Report on sanitation, dispensaries, and jails in Rajputana for 1913, and on vaccination for the year 1913-1914 - 1913-1914
Year: 1913
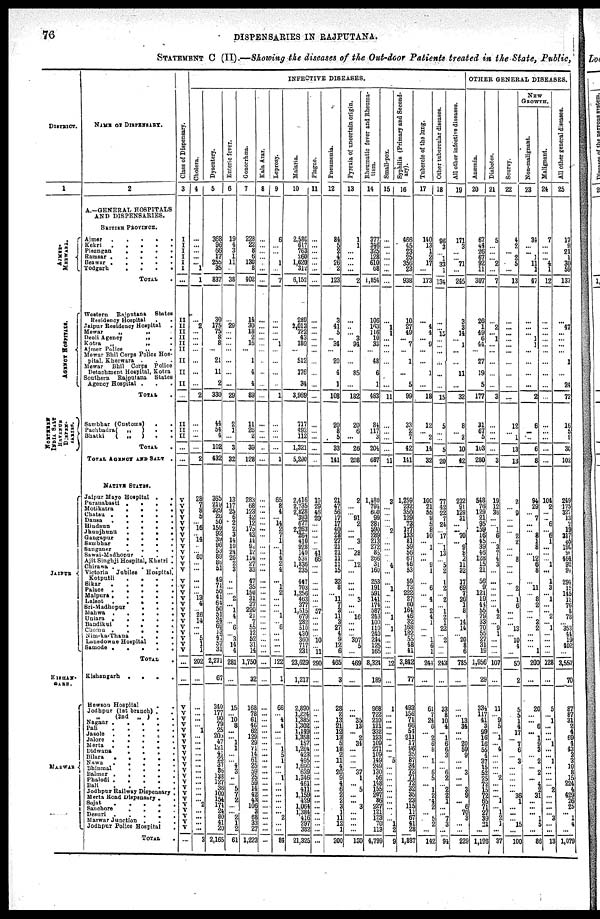
76
DISPENSARIES IN RAJPUTANA.
STATEMENT C (II).—Showing the diseases of the Out-door Patients treated in the State, Public,
DISTRICT.
1
AJMER-
MARWARA.
AGENCY
HOSPITALS.
NORTHERN
INDIA SALT
REVENUE
DISPEN-
SARIES.
JAIPUR
KISHAN-
GARH.
MARWAR
NAME OF DISPENSARY.
2
A.—GENERAL HOSPITALS
AND DISPENSARIES.
BRITISH PROVINCE.
Ajmer . . . . .
Kekri
.
.
.
.
.
Pisangan
.
.
.
.
Ramsar . . . .
Beawar . . . . .
Todgarh
.
.
.
.
TOTAL .
Western
Rajputana
States
Residency Hospital . .
Jaipur Residency Hospital
.
Mewar
„
„
.
Deoli
Agency
„
.
Kotra
„
„
.
Ajmer Police
„
.
Mewar Bhil Corps Police Hos-
pital, Kherwara . . .
Mewar
Bhil Corps Police
Detachment Hospital, Kotra
Southern
Rajputana
States
Agency Hospital . . .
TOTAL .
Sambhar (Customs)
. .
Pachbadra ( „ ) . .
Shatki
(
„
)
. .
TOTAL .
TOTAL AGENCY AND SALT .
NATIVE STATES.
Jaipur Mayo Hospital .
.
Puranabasti .
.
.
.
Motikatra
.
.
.
.
Chatsu
.
.
.
.
.
Dausa
.
.
.
.
.
Hindaun
.
.
.
.
Jhunjhunu
.
.
.
.
Gangapur
.
.
.
.
Sambhar
.
.
.
.
Sanganer
.
.
.
.
Sawai-Madhopur
. . .
Ajit Singhji Hospital, Khetri .
Chirawa
.
.
.
.
.
Victoria
Jubilee
Hospital,
Kotputli
.
.
.
.
Sikar
.
.
.
.
.
Palace . . . . .
Malpura . . . . .
Lalsot . . . . .
Sri-Madhopur . . .
Mahwa . . . . .
Uniara . . . . .
Bandikul
.
.
.
.
Chomu . . . . .
Nim-ka-Thana . . .
Lansdowne Hospital . .
Samode .
.
.
.
.
TOTAL .
Kishangarh
.
.
.
.
Hewson Hospital
. .
Jodhpur (1st branch) . .
„
(2nd „ ) .
.
Nagaur
.
.
.
.
.
Pali . . . . .
Jasole . . . . .
Jolore
.
.
.
.
.
Merta
.
.
.
.
.
Didwana . . . . .
Bilara . . . . .
Nawa
.
.
.
.
.
Bhinmal . . . .
Balmer . . . . .
Phalodi . . . . .
Bali
.
.
.
.
.
Jodhpur Railway Dispensary .
Merta Road Dispensary .
.
Sujat . . . . .
Sanchore
.
.
.
.
Desuri . . . . .
Marwar Junction . . .
Jodhpur Police Hospital .
TOTAL .
Class of Dispensary.
3
I
I
I
I
I
I
...
II
II
II
II
II
II
II
II
II
...
II
II
II
...
...
V
V
V
V
V V
V V
V
V
V
V
V
V
V
V
V
V
V
V
V
V
V
V
V
V
...
...
V
V
V
V
V
V
V
V
V
V
V
V
V
V
V
V
V
V
V
V
V
V
...
INFECTIVE DISEASES.
Cholera.
4
...
...
...
...
... 1
1
... 2
...
...
...
...
...
...
...
2
...
...
...
...
2
28
7
8
5
... 16
... 14
...
...
60
...
...
...
...
... 13
4
... 26
14
...
... 5
1
1
202
...
...
...
...
... 1
...
...
...
...
...
...
...
...
... ...
...
... 2
...
...
...
...
3
Dysentery.
5
368
96
66
17
255
35
837
30
175
75
8
8
...
21
11
2
330
44
54
4
102
432
365
219
329
26
50
159
92
39
96
53
89
85
51
49
71
50
41 64
50
51
24
69
13
47
57
31
2,271
67
340
177
90 79
25
205
47
121
41
23
37
85
138
127
36
100
154
174
24
30
41
20
2,165
Enteric fever.
6
19
4
3
1
11
...
38
... 29
...
...
...
...
...
...
...
29
2
1
...
3
32
13
117
25
6
2 2
3 14
10
24
26
2
3
...
...
... 2
... 1
4
... 6
... 3
14
4
281
...
15
... 10
8
...
...
1
1
...
...
4
3
...
... 5
7
2
...
...
2
1 2
61
Gonorrhœa.
7
228
22
8
6
130
8
402
14
30
18
2
16
...
1
4
4
89
11
26
2
39
128
283
68
123
42
12 175
43 14
92
12
114
27
33
47
35
150
31
37
220
21
7
55
12
52
31
14
1,750
32
168
78
61
46
62
129
29
71
14
61
25
59
25
59
14
42
43
106
3 68
33
27
1,223
Kala Azar.
8
...
...
...
...
...
...
...
...
...
...
...
...
...
...
...
...
...
...
...
...
...
...
...
...
...
...
... ...
... ...
...
...
...
...
...
...
...
...
...
...
...
...
... ...
...
...
...
...
...
...
...
...
...
...
...
...
...
...
...
...
...
...
...
... ...
...
...
...
...
...
...
...
...
Leprosy.
9
6
...
...
... 1
...
7
...
...
...
... 1
...
...
...
...
1
...
...
...
...
1
65
3
4
...
14 2
7 1
... 1
4
2
4
...
1
2
...
...
... 1
... 6
...
...
...
...
122
1
66
... 4
4
...
...
... 1
5
1
...
... 1
... ...
...
...
...
... 2
...
...
84
Malaria.
10
2,580
617
763
260
1,620
312
6,152
289
2,013
722
43
180
...
512
176
34
3,969
717
492
112
1,321
5,290
2,416
2,735
2,828 393
677 2,263
264 410
928
140
534
1,836
235
447
703
1,256
463
377
1,515
679
282
510
430
360
717
231
23,629
1,217
2,890
1,224
1,385
1,302
1,149
1,358
157
1,264
423
495
1,690
639
1,346
461
411
1,159
429
1,064
1,384
416
297
382
21,325
Plague.
11
...
...
...
...
...
...
...
...
...
...
...
...
...
...
...
...
...
...
...
...
...
...
10
29
46
20
... ...
... ...
...
41
66
...
...
...
...
...
...
... 57
...
... ...
... 10
... 11
290
...
...
...
...
...
...
...
...
...
...
...
...
...
...
... ...
...
...
...
...
...
...
...
...
Pneumonia.
12
84
5
2
4
26
2
123
3
41
5
... 34
...
20
4
1
108
20
8
5
33
141
21
47
56
17
17
40
28 27
21
21
11
11
15
32
8
... 11
7
3
11
3
27
4
9
12
6
465
3
28
2
13
21
12
13
5
18
2
11
4
20
9
4
6
2
2
3
1
11
12
1
200
Pyrexia of uncertain origin.
13
1
1
...
...
...
...
2
...
...
... 3
94
...
...
85
...
182
20
6
...
26
208
2
...
...
91
2 ...
... 3 ...
28
...
12
...
...
...
... 3
...
... 16
... ...
307
5
469
...
...
... 35
13
... 2
34
...
...
...
... 37
1
... 5
...
... 3
...
... ...
...
130
Rheumatic fever and Rheuma-
tism.
14
377
346
325
128
610
68
1,854
106
163
116
10
33
...
48
6
1
483
84
117
3
204
687
1,480
794
600
99
281
590
289 213
272
85
266
3l
160
253
191
591
141
174
587
243
100
110
240
244
125
165
8,324
189
968
722
210
121
332
123
109
271 109
149
249
130
56
148
155
207
86
227
121
123
70
113
4,799
Small-pox.
15
...
...
...
...
...
...
...
... 1
1
...
...
...
...
...
...
11
...
...
...
...
11
3
...
...
...
...
2
... ...
...
...
...
4
...
...
1
...
...
...
... 1
... 1
...
...
...
...
12
...
1
...
...
...
...
...
...
...
...
5
...
...
...
... ...
...
...
...
...
...
1 2
9
Syphilis (Primary and Second-
ary).
16
466
45
23
25
356
23
938
10
27 49
... 7
...
1
...
5
99
33
2
7
42
141
1,259
232
350
129
72 127
133 81
59
56
67
46
53
59
73
222
27
60
164
46
32
168
182
55
48
41
3,842
77
493
156
71
66
54
211
17
96
35
87 34
72
71
72
32
35
23
115
11
67
41 28
1,337
Tubercle of the lung.
17
140
13
1
2
17
...
173
... 4
4
... 9
...
...
1
...
18
12
... 2
14
32
100
21
55
3
5 8
10 ...
1
...
... 9
1
...
6
... 4
... 2
4
1
...
... 1
6
1
244
...
61
7
24 6
... 2
6 8
... 1
... 5
5
... 1
2
4
2
...
5
2
...
142
Other tubercular diseases.
18
96
3
... 1
33
1
134
...
... 15
...
...
...
...
...
...
15
5
...
...
5
20
77
42
22
7
24 ...
17 ...
1
13
... 5
2
1
2
... 2
1
2
1
22
... 2
...
...
243
...
33
8
10
4
...
1
6
6
3 ...
... 6
2
... 2
2
1
...
... 7
3
...
94
All other infective diseases.
19
171
3
...
... 71
...
245
3
3
14
... 1
...
...
11
...
32
8
... 2
10
42
212
91
129
31
... ...
70 ...
9 8
2
11
32
17 69
7
26
1
8
... 14
14
... 20
8
6
785
...
...
... 13
34
...
... 20
59
9
...
...
3 ...
... 3
9
...
6 70
3
...
...
229
OTHER GENERAL DISEASES.
Anæmia.
20
67
44
26
67
92
11
307
26
1
49
6
44
...
27
19
5
177
31
67
5
103
280
548
76
129
21
95
159
16
45
39
46
128
15
21
56
9
121
19
44
55
79
33
70
55
27
31
19
1,956
29
334
117
41
3 99
16
16 55
4
37
15
52 25
72
15
72
65
71
27
39
21
...
1,196
Diabetes.
21
5
...
...
... 2
...
7
... 2
... 1
...
...
...
...
...
3
...
...
...
...
3
19
12
35
...
... 1
6 ... 3
7
4
3
...
...
...
...
...
... 4
2
... 9
1
...
...
...
107
...
11
... 9
5
...
1
... 4
...
...
...
...
2 ...
...
...
1 ...
1
2
1
...
37
Scurvy.
22
4
2
... 2
5
...
13
...
...
...
...
...
...
...
...
...
...
12
... 1
13
13
2
... 9
...
... ...
2 2
...
...
8
...
...
...
2
... 1
6
...
...
... 13
... 10
4
...
50
2
5
5
1
4
17
... 7
6
...
3
...
... ...
... ...
36
1
... ...
...
15
...
100
NEW
GROWTH.
Non-malignant.
23
34
...
... 1
11
1
47
...
...
... 1
1
...
...
...
...
2
6
...
...
6
8
94
29
...
7
... ...
8
1
3
...
12
6 8
...
11
... 8
2
...
... 2
2
...
...
... 1
200
...
20
... ... 6
... 1
9
3
...
2
...
2 ...
4 2 31
...
... ...
1 5
...
86
Malignant.
24
7
...
...
... 4
1
12
...
...
...
...
...
...
...
...
...
...
...
...
...
...
...
104
2
...
... 6
...
6
1
...
...
... 1
...
1
3
... 1
...
... 2
... 1
...
...
...
...
128
...
5
...
1
...
...
...
1
...
...
1
... ...
...
...
2 ...
...
...
... 3
...
...
13
All other general diseases.
25
17
9
21
1
30
59
137
... 47
...
...
...
...
1
...
24
72
16
5
9
30
102
249
175
327
13
2 19
217
65
198
90
464
92
94
294
15
148
12
76
8
78
... 353
44
19
402
...
3,557
70
87
87
31
2
4
69
4
43
3
3
10
3
15
224
4
429
26
25
... 1
4
...
1,079